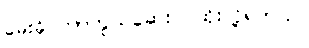
မေးခိုင်ကာကွယ်ဆေးပဲ ထိုးလို့ရတယ်။